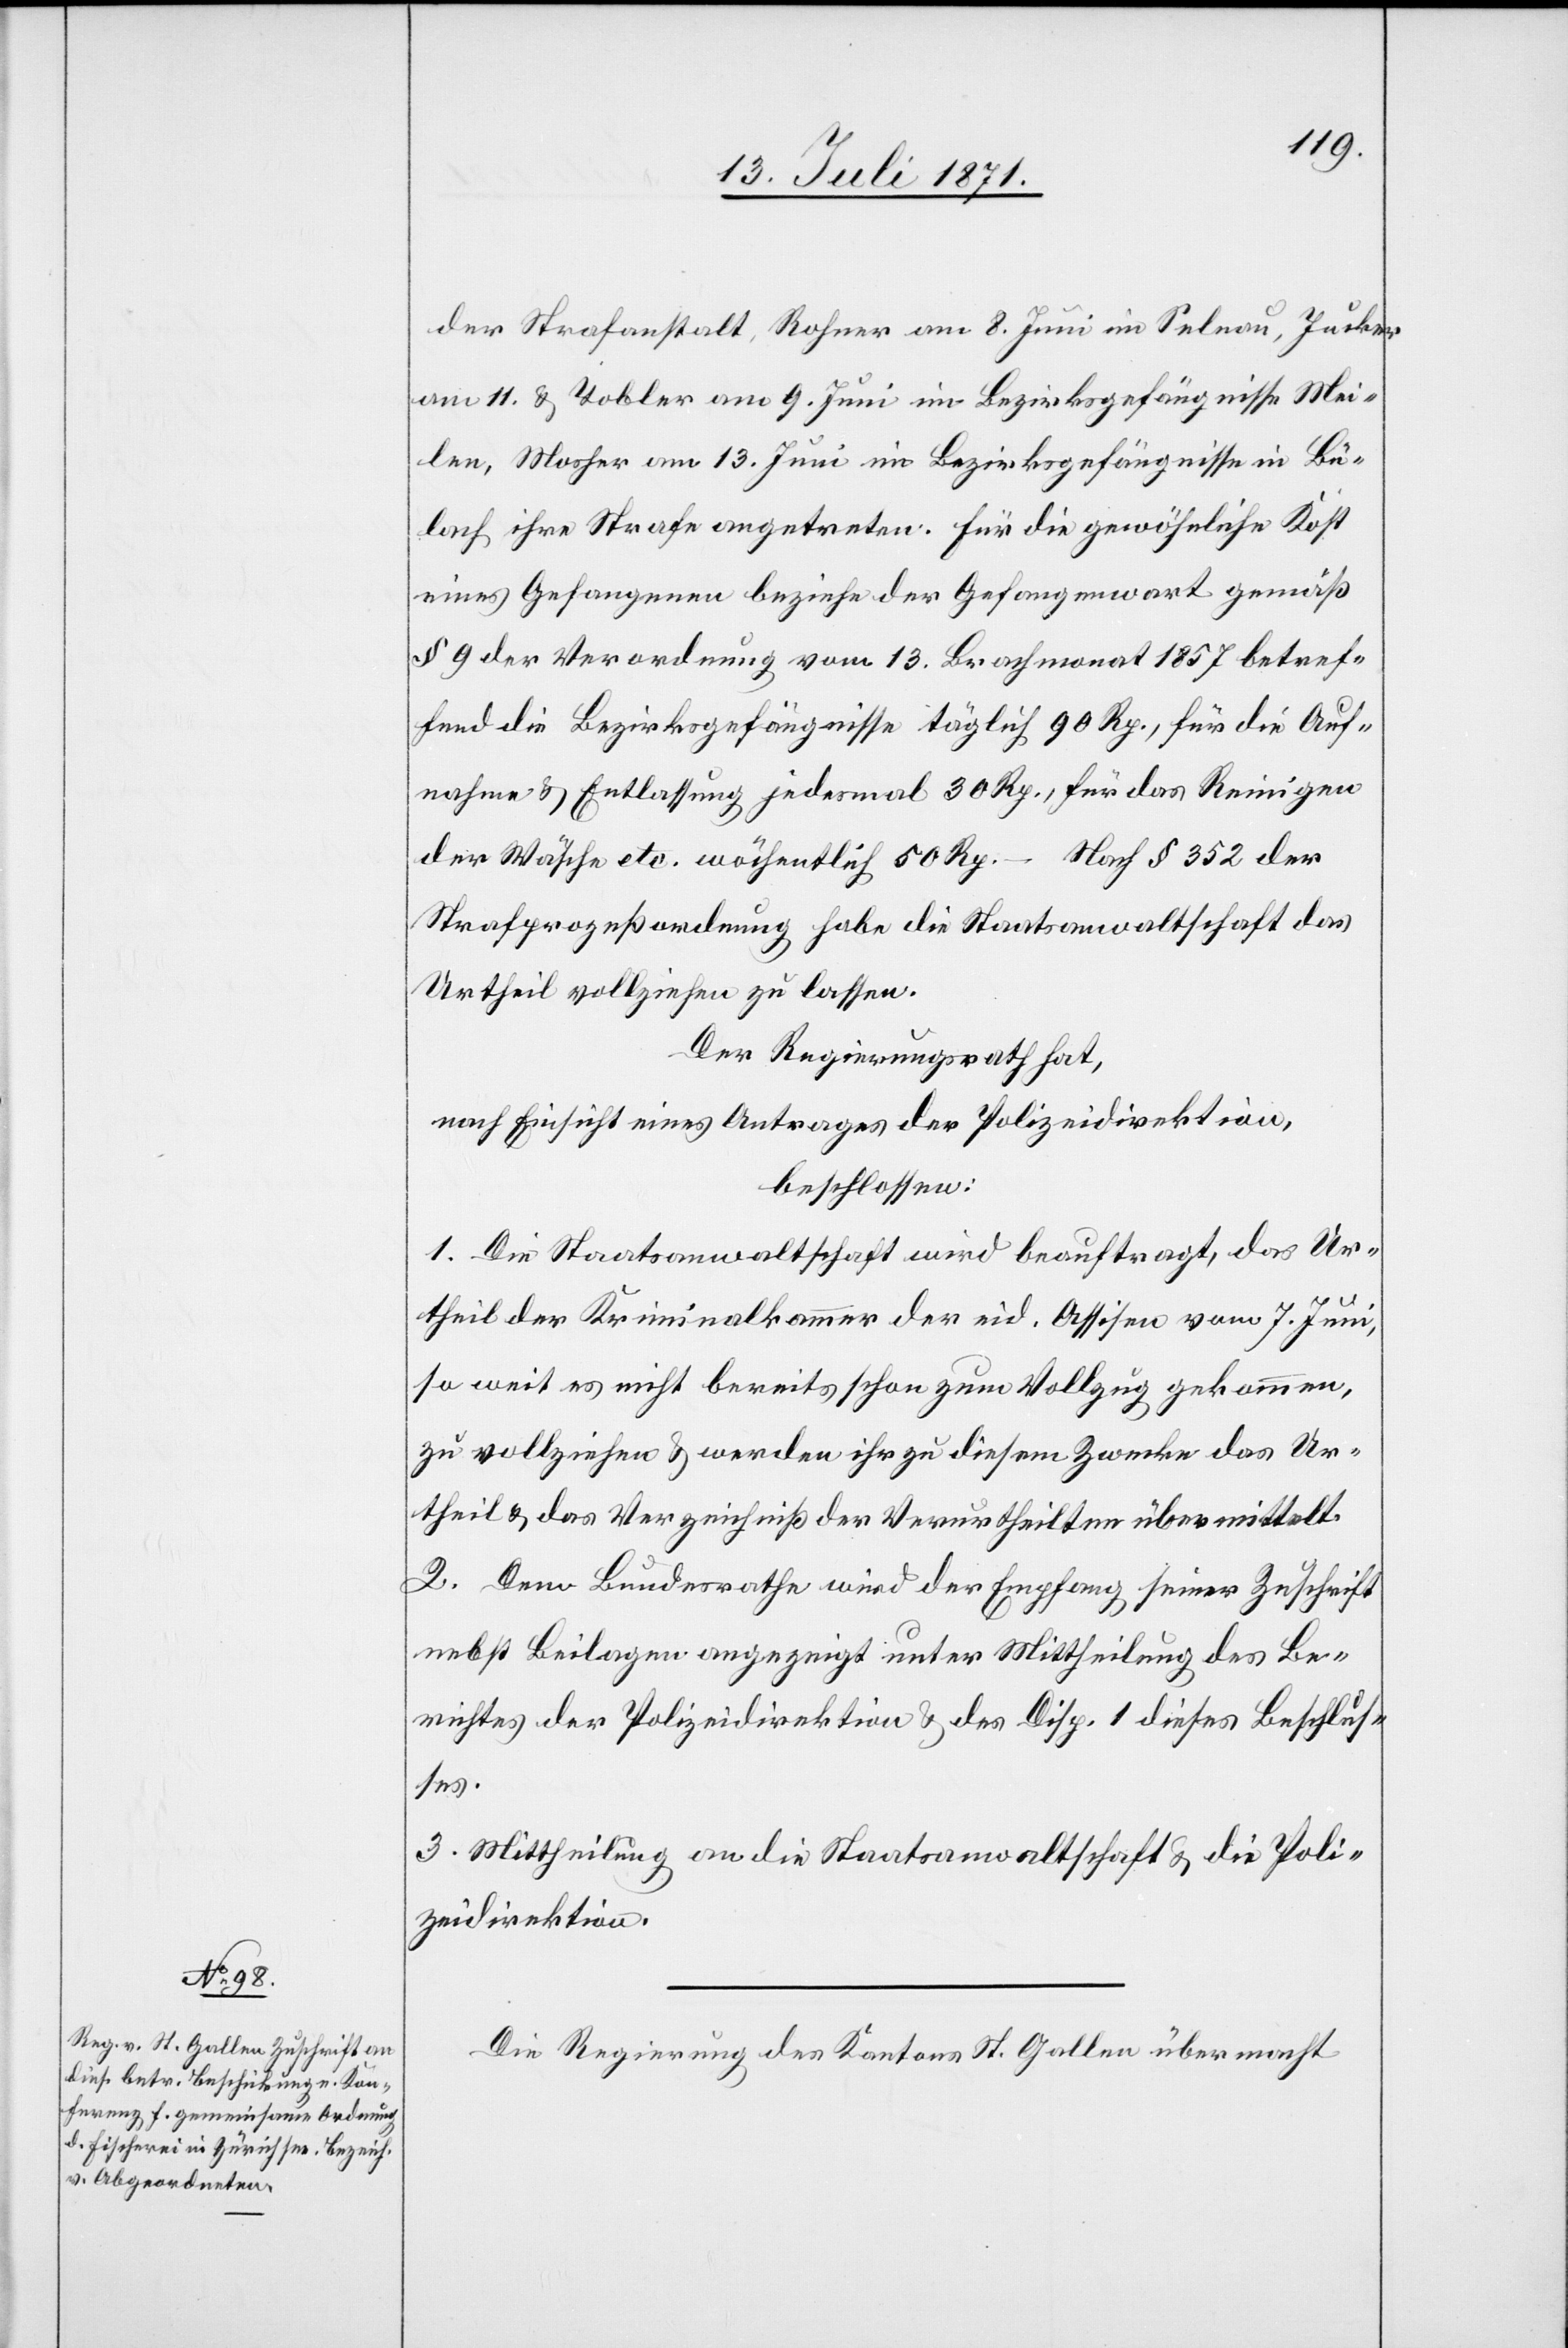
der Strafanstalt, Rohner am 8. Juni in Selnau, Jucker
am 11. u. Tobler am 9. Juni im Bezirksgefängnisse Mei¬
len, Mosher am 13. Juni im Bezirksgefängnisse in Bü¬
lach ihre Strafe angetreten. Für die gewöhnliche Kost
eines Gefangenen beziehe der Gefangenwart gemäß
§ 9 der Verordnung vom 13. Brachmonat 1857 betref¬
fend die Bezirksgefängnisse täglich 90 Rp., für die Auf¬
nahme u. Entlassung jedesmal 30 Rp., für das Reinigen
der Wäsche etc. wöchentlich 50 Rp. – Nach § 352 der
Strafprozeßordnung habe die Staatsanwaltschaft das
Urtheil vollziehen zu lassen.
Der Regierungsrath hat,
nach Einsicht eines Antrages der Polizeidirektion,
beschlossen:
1. Die Staatsanwaltschaft wird beauftragt, das Ur¬
theil der Kriminalkammer der eid. Assisen vom 7. Juni
so weit es nicht bereits schon zum Vollzug gekommen,
zu vollziehen u. werden ihr zu diesem Zwecke das Ur¬
theil u. das Verzeichniß der Verurtheilten übermittelt.
2. Dem Bundesrathe wird der Empfang seiner Zuschrift
nebst Beilagen angezeigt unter Mittheilung des Be¬
richtes der Polizeidirektion u. des Disp. 1 dieses Beschlus¬
ses.
3. Mittheilung an die Staatsanwaltschaft u. die Poli¬
zeidirektion.
Die Regierung des Kantons St. Gallen übermacht